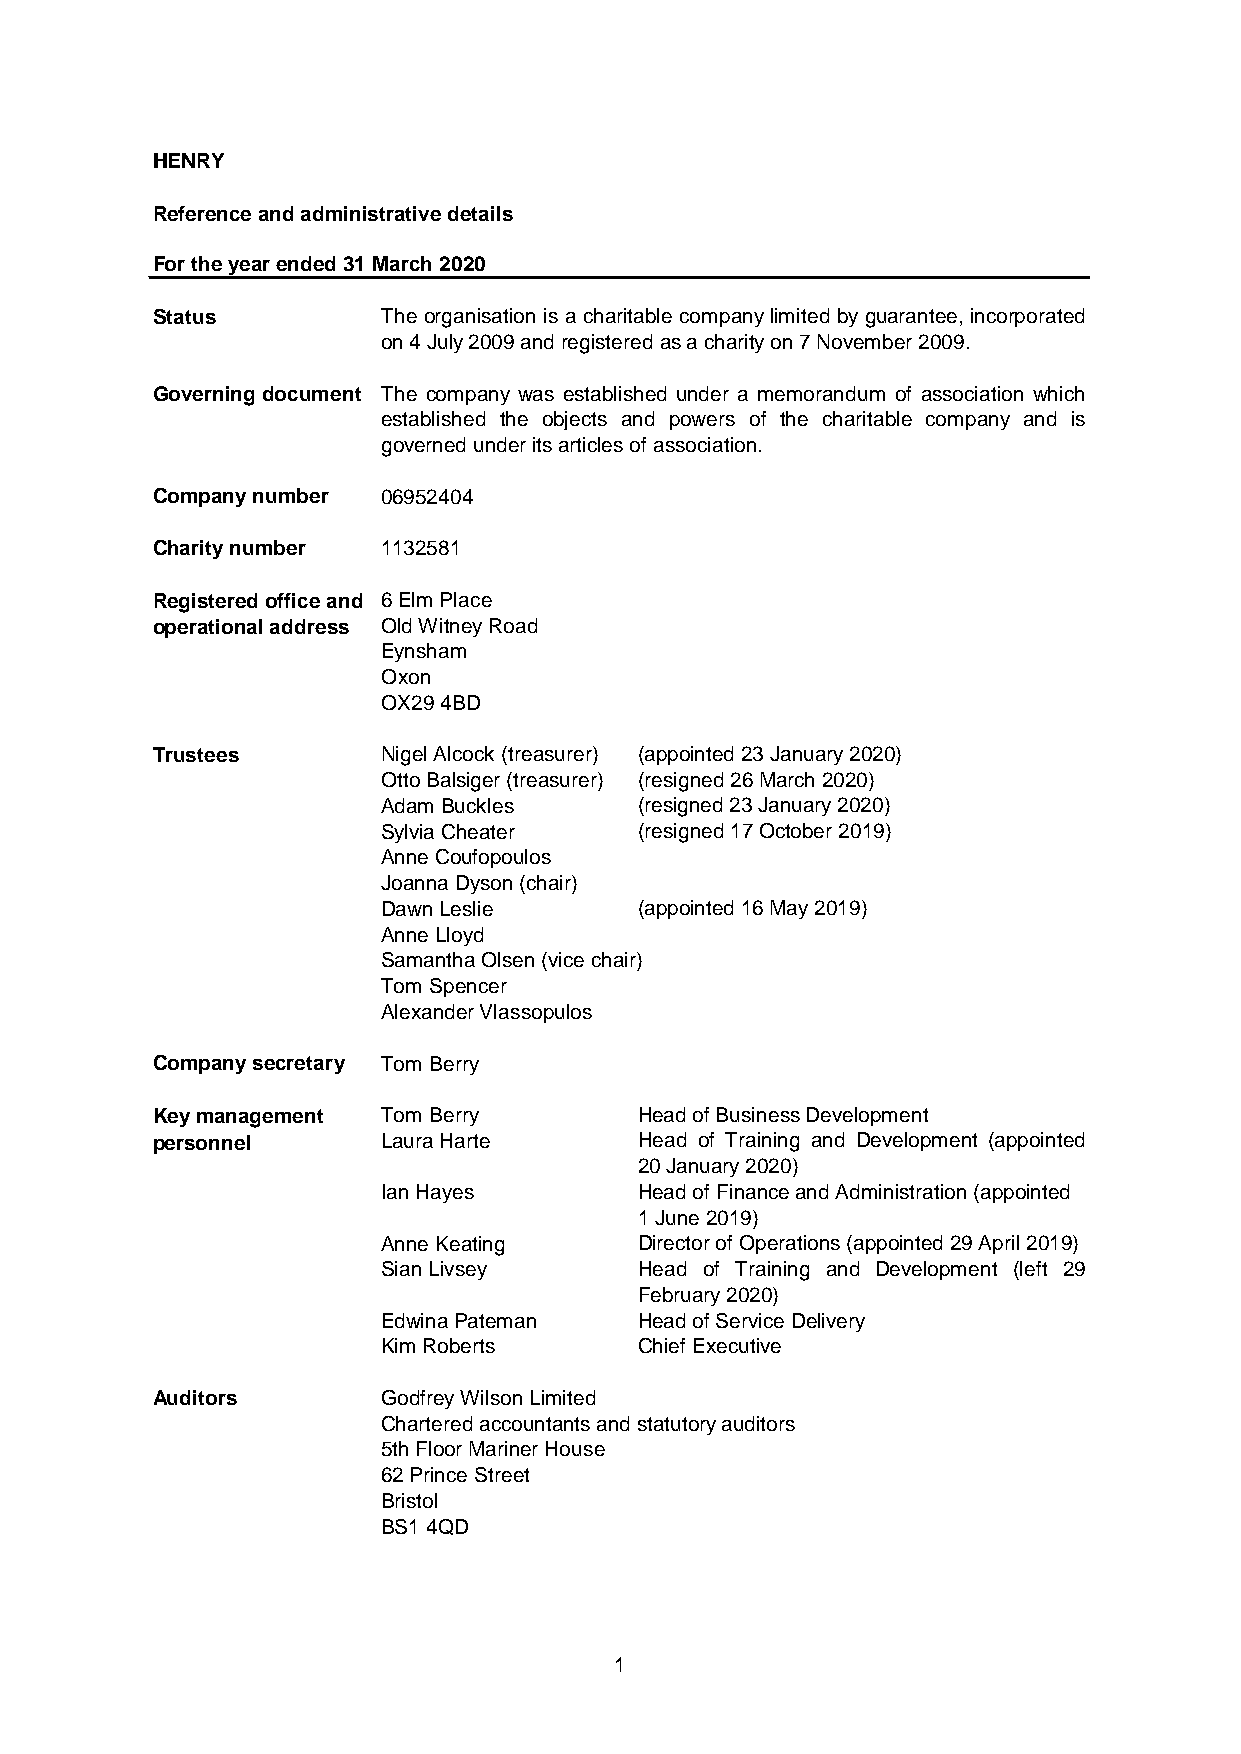
HENRY
 Reference and administrative details
 For the year ended 31 March 2020
 Status         The organisation is a charitable companylimited byguarantee, incorporated
 on 4 July 2009 and registered as a charity on 7 November 2009.
 Governing document The company was established under a memorandum of association which
 established the objects and powers of the charitable company and is
 governed under its articles of association.
 Company number 06952404
 Charity number 1132581
 Registered office and 6 Elm Place
 operational address Old Witney Road
 Eynsham
 Oxon
 OX29 4BD
 Trustees       Nigel Alcock (treasurer) (appointed 23 January 2020)
 Otto Balsiger (treasurer) (resigned 26 March 2020)
 Adam Buckles     (resigned 23 January 2020)
 Sylvia Cheater   (resigned 17 October 2019)
 Anne Coufopoulos
 Joanna Dyson (chair)
 Dawn Leslie      (appointed 16 May 2019)
 Anne Lloyd
 Samantha Olsen (vice chair)
 Tom Spencer
 Alexander Vlassopulos
 Company secretary Tom Berry
 Key management Tom Berry        Head of Business Development
 personnel      Laura Harte      Head of Training and Development (appointed
 20 January 2020)
 Ian Hayes        Head of Finance and Administration (appointed
 1 June 2019)
 Anne Keating     Director of Operations (appointed 29 April 2019)
 Sian Livsey      Head of Training and Development (left 29
 February 2020)
 Edwina Pateman   Head of Service Delivery
 Kim Roberts      Chief Executive
 Auditors       Godfrey Wilson Limited
 Chartered accountants and statutory auditors
 5th Floor Mariner House
 62 Prince Street
 Bristol
 BS1 4QD
 1